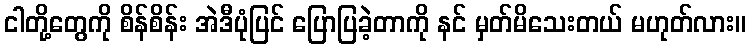
ငါတို့တွေကို စိန်စိန်း အဲဒီပုံပြင် ပြောပြခဲ့တာကို နင် မှတ်မိသေးတယ် မဟုတ်လား။